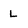
Character: L